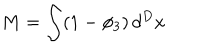
M = \int ( 1 - \phi _ { 3 } ) \, d ^ { D } x